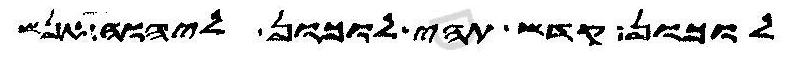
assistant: לוכון קדש תהי לוכון ליהוה אנש